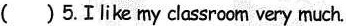
( ) 5.Ⅰlike my classroom very much.